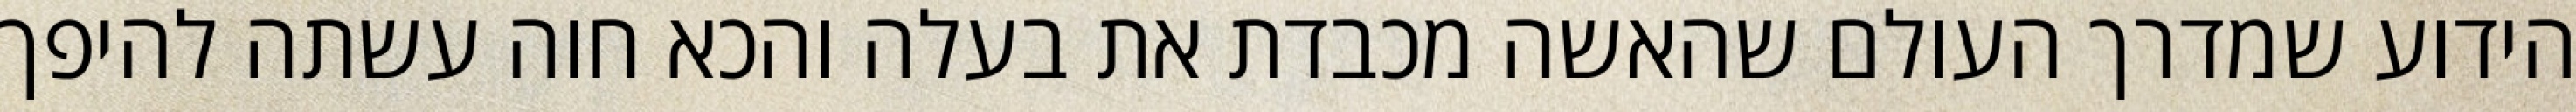
הידוע שמדרך העולם שהאשה מכבדת את בעלה והכא חוה עשתה להיפך